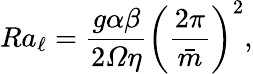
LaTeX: Ra_{\ell}=\frac{g\alpha\beta}{2\varOmega\eta}\left(\frac{2\pi}{\bar{m}}\right)^{2},